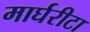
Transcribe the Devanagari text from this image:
मार्घरीटा